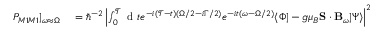
\begin{array} { r l } { P _ { M 1 M 1 } | _ { \omega \approx \Omega } } & { { } = \hbar ^ { - 2 } \left\vert \int _ { 0 } ^ { \mathcal { T } } \mathrm { ~ d ~ } t e ^ { - i ( \mathcal { T } - t ) ( \Omega / 2 - i \Gamma / 2 ) } e ^ { - i t ( \omega - \Omega / 2 ) } \langle \Phi | - g \mu _ { B } \mathbf { S } \cdot \mathbf { B } _ { \omega } | \Psi \rangle \right\vert ^ { 2 } } \end{array}